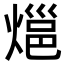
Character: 𭵰